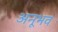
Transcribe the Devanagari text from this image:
अनूभव